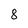
Character: 8